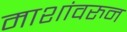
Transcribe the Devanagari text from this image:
माशांवरुन